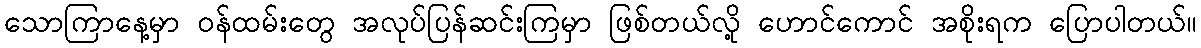
သောကြာနေ့မှာ ဝန်ထမ်းတွေ အလုပ်ပြန်ဆင်းကြမှာ ဖြစ်တယ်လို့ ဟောင်ကောင် အစိုးရက ပြောပါတယ်။